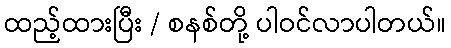
ထည့်ထားပြီး / စနစ်တို့ ပါဝင်လာပါတယ်။